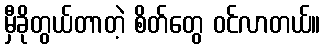
မှီခိုတွယ်တာတဲ့ စိတ်တွေ ဝင်လာတယ်။